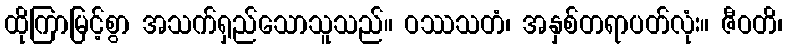
ထိုကြာမြင့်စွာ အသက်ရှည်သောသူသည်။ ဝဿသတံ၊ အနှစ်တရာပတ်လုံး။ ဇီဝတိ၊